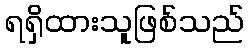
ရရှိထားသူဖြစ်သည်